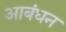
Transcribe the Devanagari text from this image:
आबंधन